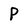
Character: P